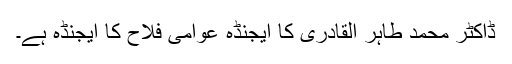
ڈاکٹر محمد طاہر القادری کا ایجنڈہ عوامی فلاح کا ایجنڈہ ہے۔